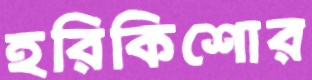
হরিকিশোর